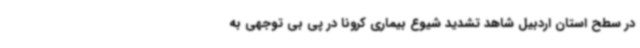
در سطح استان اردبیل شاهد تشدید شیوع بیماری کرونا در پی بی توجهی به